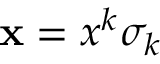
\mathbf { x } = x ^ { k } \sigma _ { k }